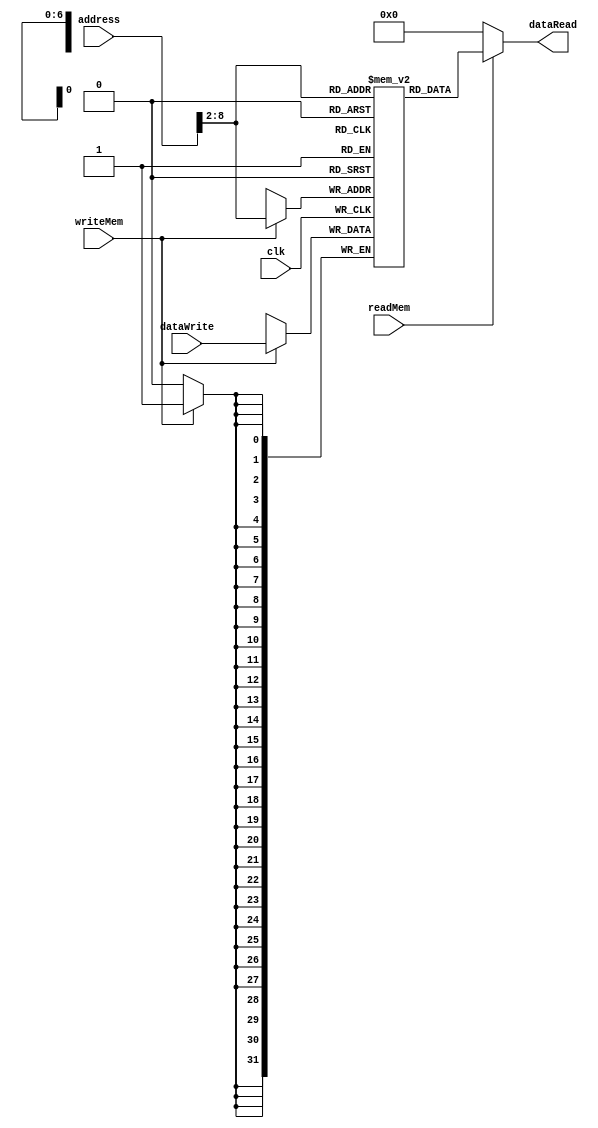
`ifndef MODULE_DATAMEMORY
`define MODULE_DATAMEMORY
`timescale 1ns / 1ps
//////////////////////////////////////////////////////////////////////////////////
// Company: 
// Engineer: 
// 
// Design Name: 
// Module Name: dataMemory
// Project Name: 
// Target Devices: 
// Tool Versions: 
// Description: 
// 
// Dependencies: 
// 
// Revision:
// Revision 0.01 - File Created
// Additional Comments:
// 
//////////////////////////////////////////////////////////////////////////////////


module dataMemory(clk, address, dataWrite, dataRead, writeMem, readMem);
    parameter bits=32;
    parameter size=128;
    
    input clk;
    input writeMem;
    input readMem;
    input [bits-1:0] address;
    input [bits-1:0] dataWrite;
    output [bits-1:0] dataRead;
    
    reg [bits-1:0] memory[0:size - 1];
    
    integer             i;
    
   initial begin
        for (i = 0; i < size; i = i + 1)
            memory[i] = 32'b0;
    end
    
    always @(posedge clk)
    begin
        if (writeMem==1'b1)
        begin
            memory[address>>2]=dataWrite;
        end
    end
    
    assign dataRead=(readMem==1'b1)?memory[address>>2]:32'b0;
endmodule

`endif